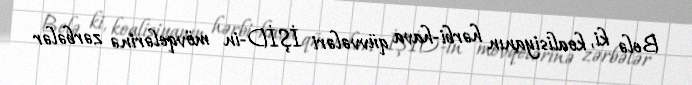
Belə ki, koalisiyanın hərbi-hava qüvvələri İŞİD-in mövqelərinə zərbələr